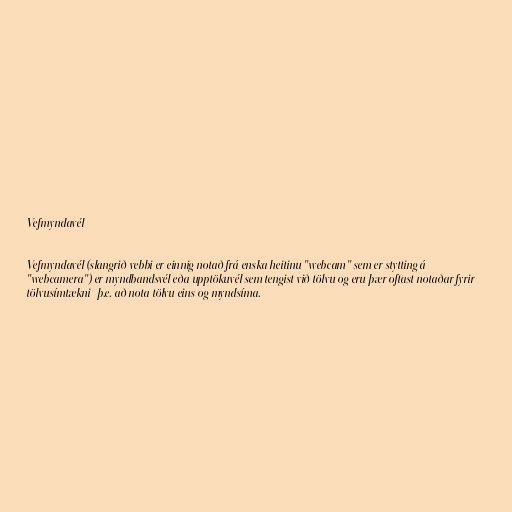
Vefmyndavél

Vefmyndavél (slangrið vebbi er einnig notað frá enska heitinu "webcam" sem er stytting á
"webcamera") er myndbandsvél eða upptökuvél sem tengist við tölvu og eru þær oftast notaðar fyrir
tölvusímtækni- þ.e. að nota tölvu eins og myndsíma.